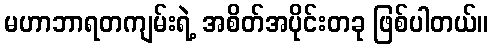
မဟာဘာရတကျမ်းရဲ့ အစိတ်အပိုင်းတခု ဖြစ်ပါတယ်။